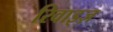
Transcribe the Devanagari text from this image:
रिवाइज़